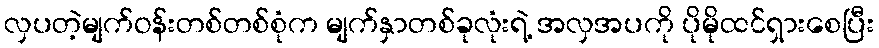
လှပတဲ့မျက်ဝန်းတစ်တစ်စုံက မျက်နှာတစ်ခုလုံးရဲ့ အလှအပကို ပိုမိုထင်ရှားစေပြီး